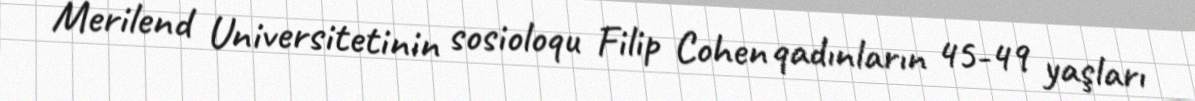
Merilend Universitetinin sosioloqu Filip Cohen qadınların 45-49 yaşları